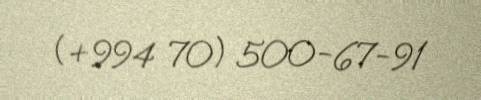
(+994 70) 500-67-91